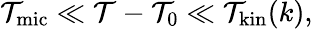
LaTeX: \mathcal{T}_{\mathrm{{mic}}}\ll\mathcal{T}-\mathcal{T}_{0}\ll\mathcal{T}_{\mathrm{{kin}}}(k),